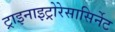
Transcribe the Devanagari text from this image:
ट्राइनाइट्रोरेसासिर्नेट